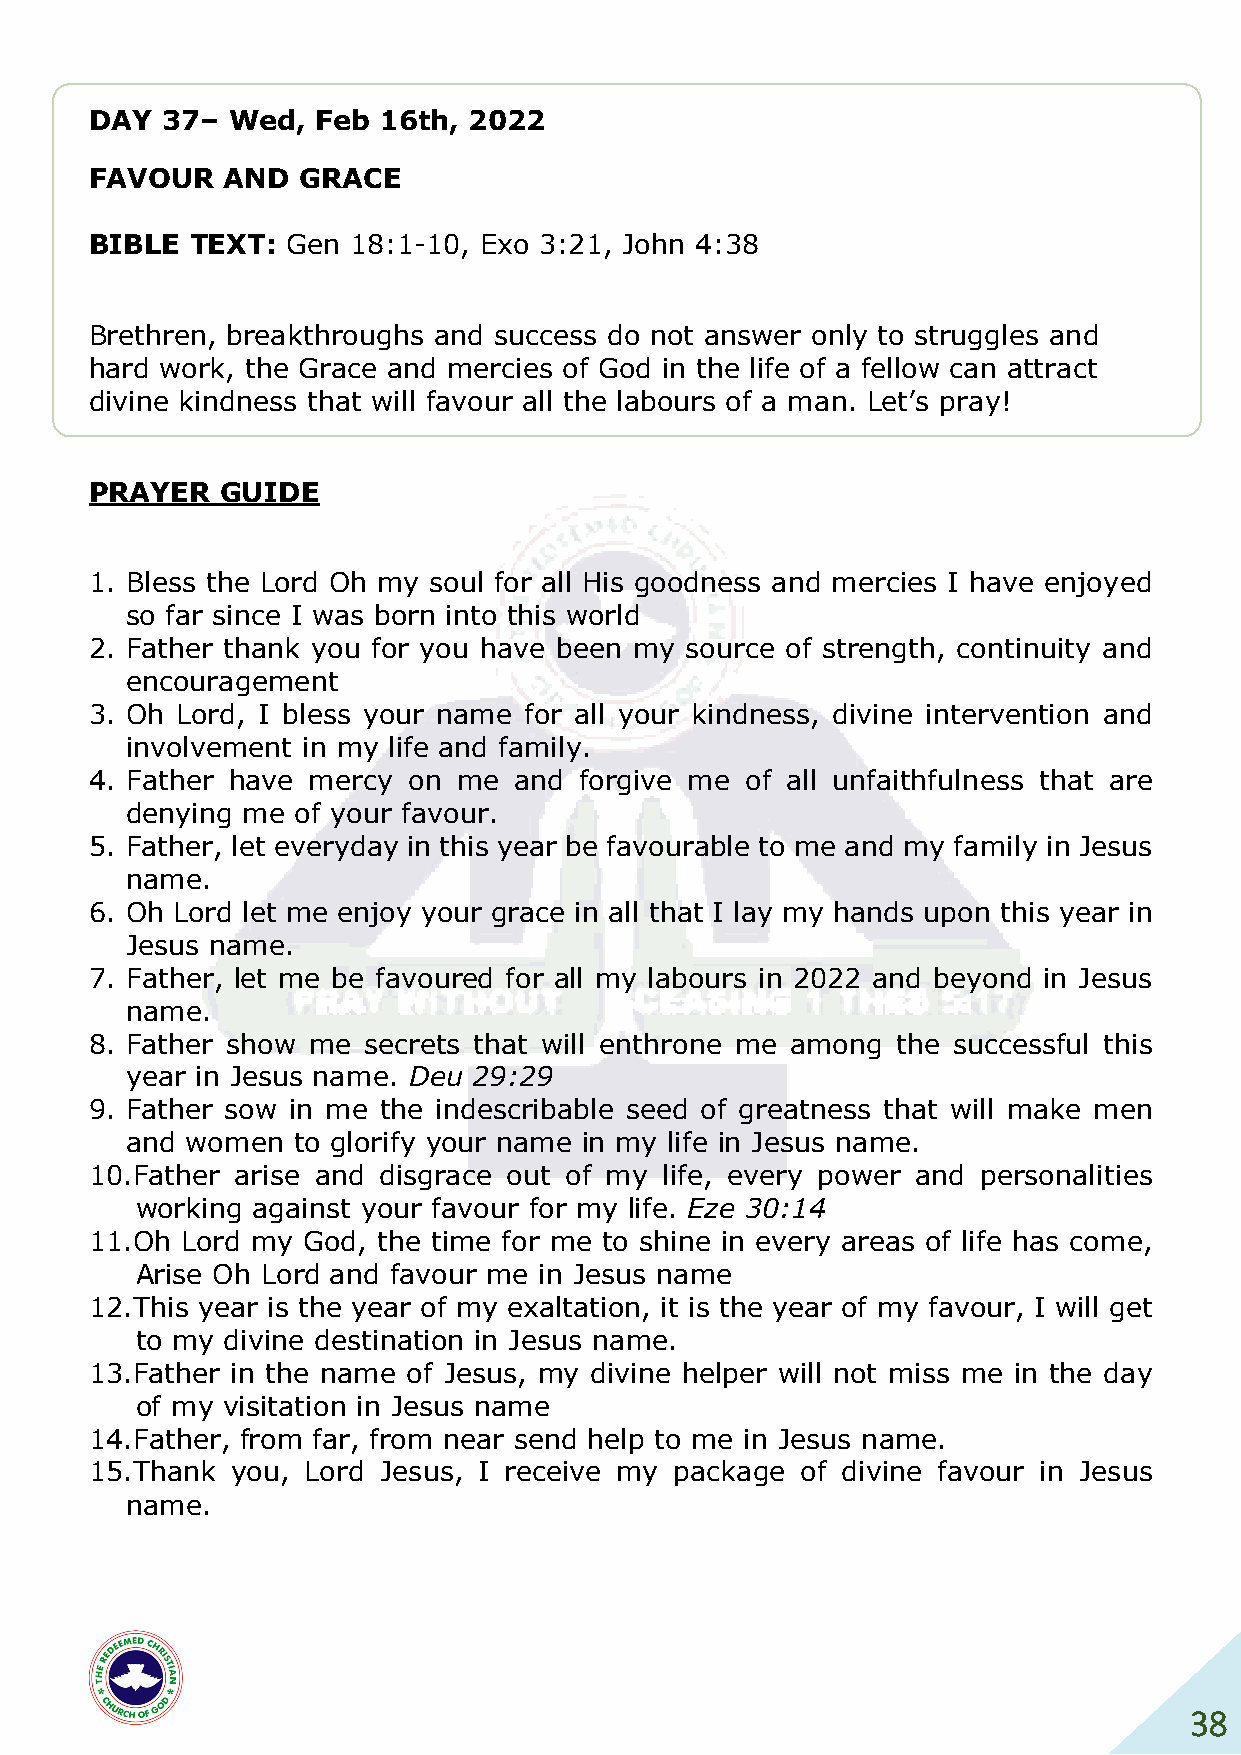
DAY  37– Wed,  Feb 16th, 2022
 FAVOUR   AND  GRACE
 BIBLE  TEXT: Gen 18:1-10, Exo 3:21, John 4:38
 Brethren, breakthroughs and success do not answer only to struggles and
 hard work, the Grace and mercies of God in the life of a fellow can attract
 divine kindness that will favour all the labours of a man. Let’s pray!
 PRAYER   GUIDE
 1. Bless the Lord Oh my soul for all His goodness and mercies I have enjoyed
 so far since I was born into this world
 2. Father thank you for you have been my source of strength, continuity and
 encouragement
 3. Oh Lord, I bless your name for all your kindness, divine intervention and
 involvement in my life and family.
 4. Father have mercy on me  and forgive me of all unfaithfulness that are
 denying me  of your favour.
 5. Father, let everyday in this year be favourable to me and my family in Jesus
 name.
 6. Oh Lord let me enjoy your grace in all that I lay my hands upon this year in
 Jesus name.
 7. Father, let me be favoured for all my labours in 2022 and beyond in Jesus
 name.
 8. Father show me secrets that will enthrone me among the successful this
 year in Jesus name. Deu 29:29
 9. Father sow in me the indescribable seed of greatness that will make men
 and women  to glorify your name in my life in Jesus name.
 10. Father arise and disgrace out of my life, every power and personalities
 working against your favour for my life. Eze 30:14
 11. Oh Lord my God, the time for me to shine in every areas of life has come,
 Arise Oh Lord and favour me in Jesus name
 12. This year is the year of my exaltation, it is the year of my favour, I will get
 to my divine destination in Jesus name.
 13. Father in the name of Jesus, my divine helper will not miss me in the day
 of my visitation in Jesus name
 14. Father, from far, from near send help to me in Jesus name.
 15. Thank you, Lord Jesus, I receive my package of divine favour in Jesus
 name.
 38